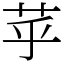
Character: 苸